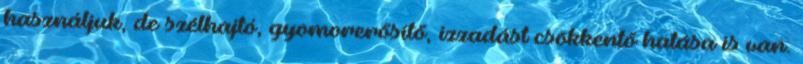
használjuk, de szélhajtó, gyomorerősítő, izzadást csökkentő hatása is van.